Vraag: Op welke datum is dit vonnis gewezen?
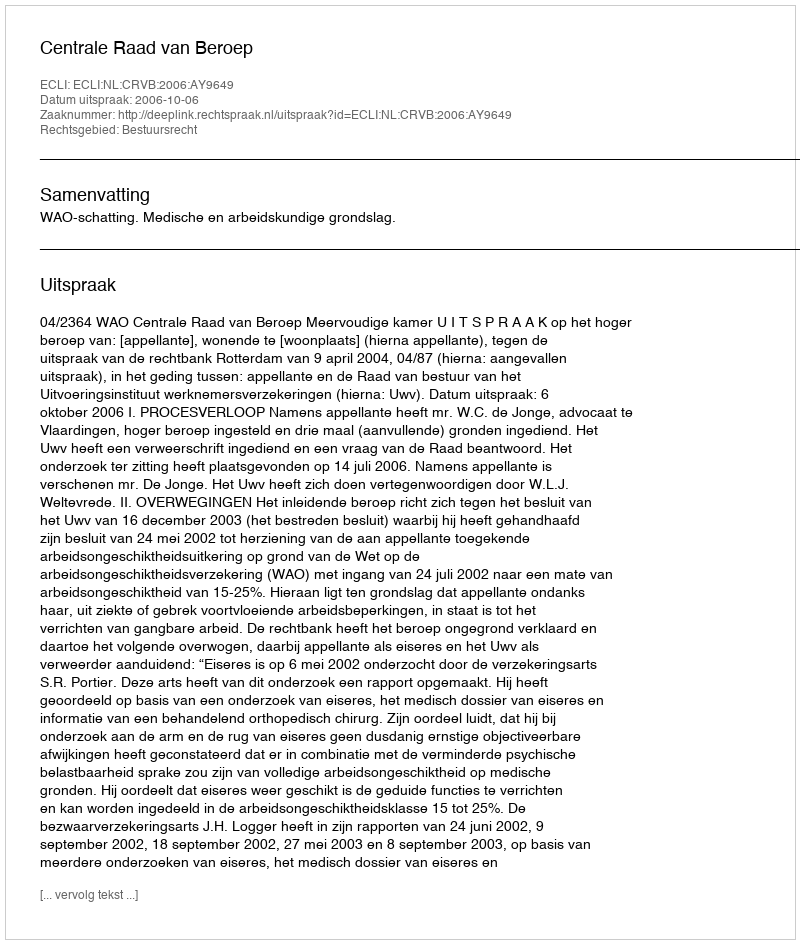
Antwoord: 2006-10-06